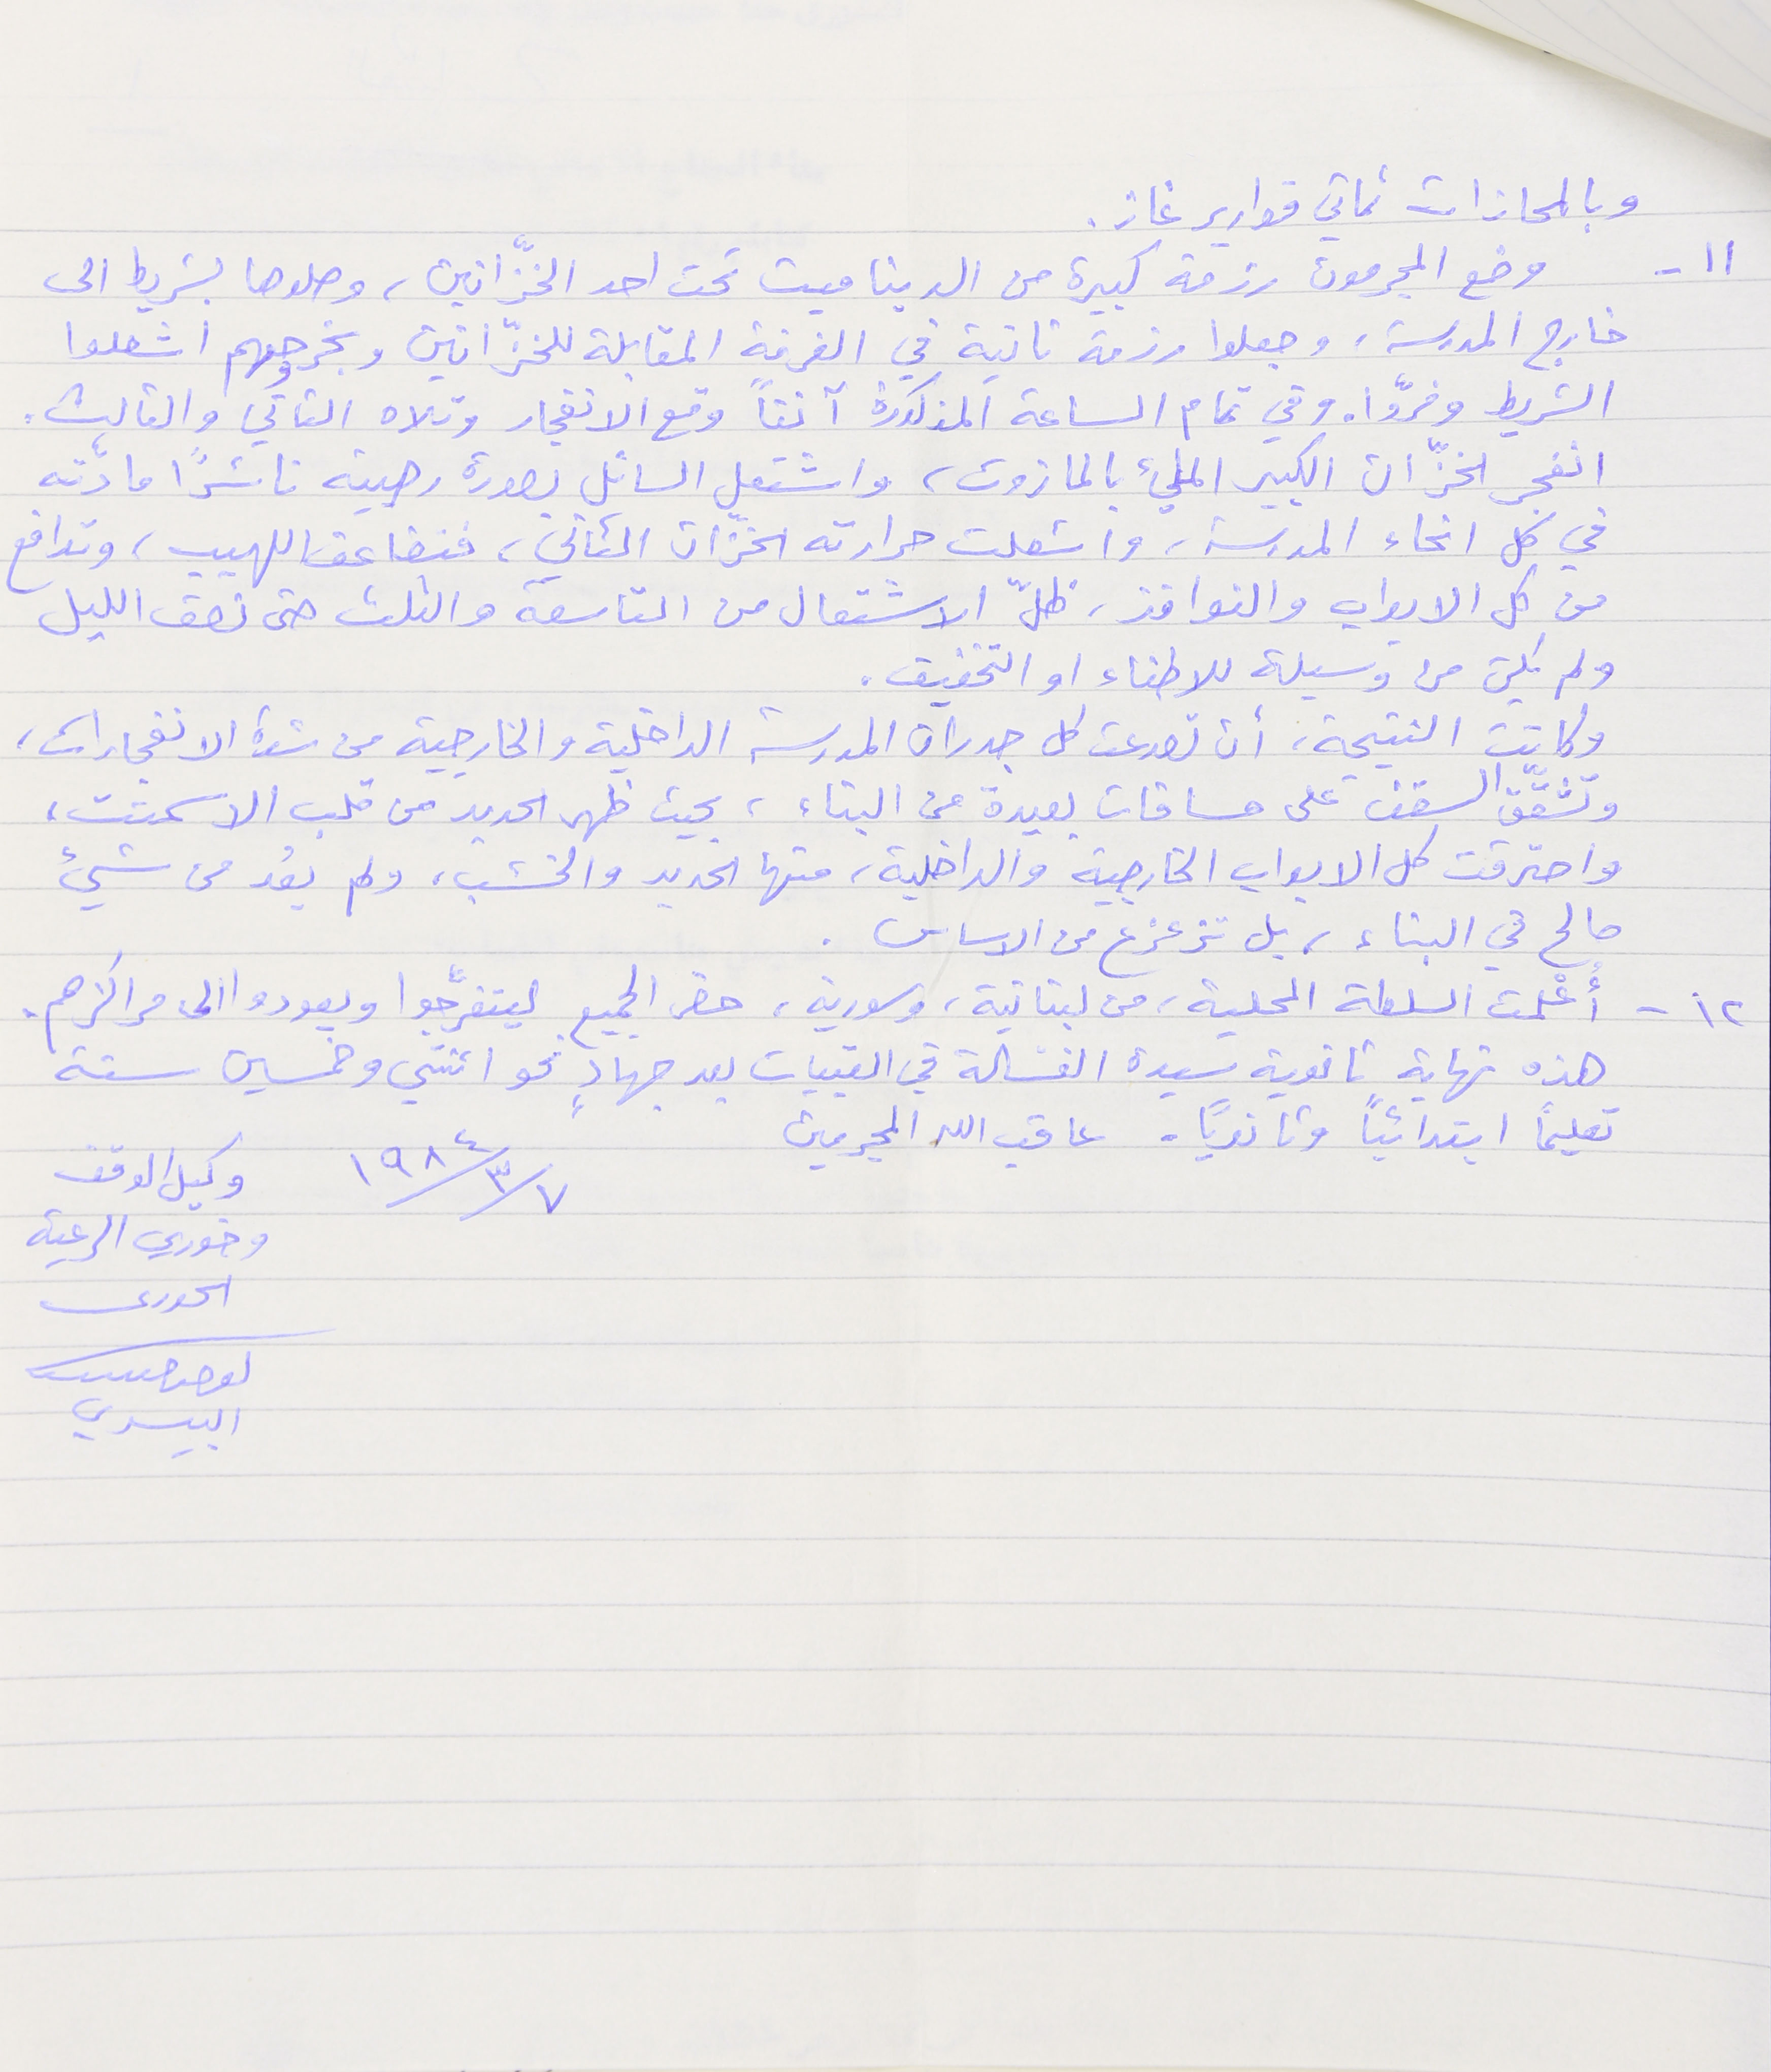
وبالمحازات ثماني قوارير غاز.
١١- وضع المجرمون رزمة كبيرة من الديناميت تحت احد الخزّانين، وصلوها بشريط الى
خارج المدرسة، وجعلوا رزمة ثانية في الغرفة المقابلة للخزّانين وبخروجهم اشعلوا
الشريط وفرّوا. وفي تمام الساعة المذكورة آنفاً وقع الانفجار وتلاه الثاني والثالث.
انفجر الخزّان الكبير المليء بالمازوت، واشتعل السائل بصورة رهيبة ناشراً مادّته
في كل انحاء المدرسة، واشعلت حرارته الخزّان الثاني، فتضاعف اللهيب، وتدافع
من كل الابواب والنوافذ، ظلّ الاشتعال من التاسعة والثلث حتى نصف الليل
ولم يكن من وسيلة للاطفاء او التخفيف.
وكانت النتيجة، أن تصدعت كل جدران المدرسة الداخلية والخارجية من شدة الانفجارات،
وتشقّق السقف على مسافات بعيدة من البناء، بحيث ظهر الحديد من قلب الاسمنت،
واحترقت كل الابواب الخارجية والداخلية، منها الحديد والخشب، ولم يعُد من شيء
صالح في البناء، بل تزعزع من الاساس.
 ١٢ - أعْلمت السلطة المحلية، من لبنانية، وسورية، حضر الجميع ليتفرَّجوا ويعودوا الى مراكزهم.
هذه نهاية ثانوية سيدة الغسّالة في القبيات بعد جهادٍ نحو اثنتي وخمسين سنة
١٩٨٤/٣/٧
تعليماً ابتدائياً وثانوياً.  عاقب الله المجرمين
وكيل الوقف وخوري الرعية الحورى ىوحىا حىىب البيسري